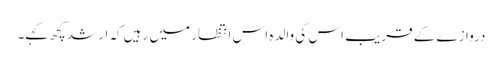
دروازے کے قریب اس کی والدہ اس انتظار میں رہیں کہ ارشد کچھ کہے۔